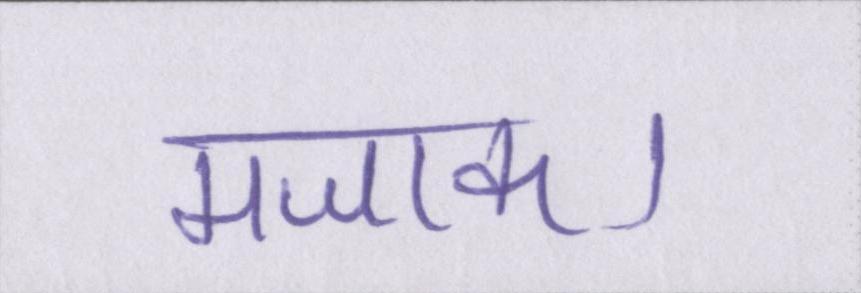
मजाक।